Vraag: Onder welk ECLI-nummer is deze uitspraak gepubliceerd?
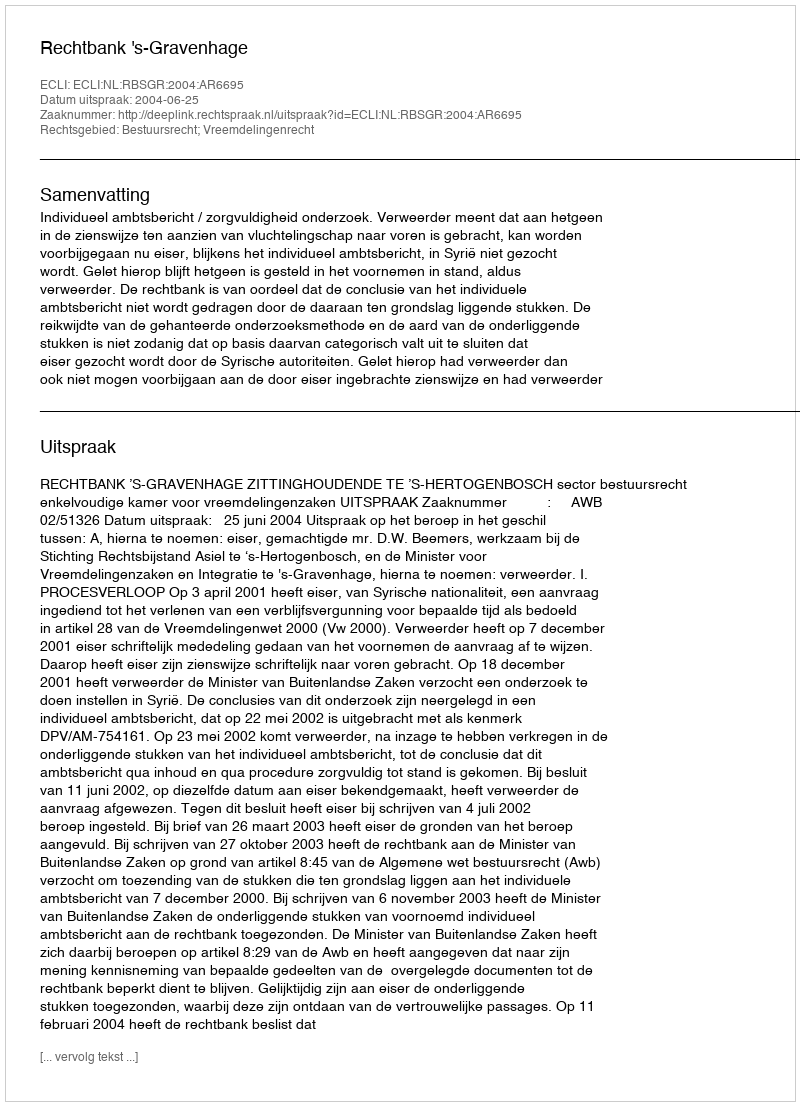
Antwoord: ECLI:NL:RBSGR:2004:AR6695